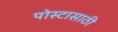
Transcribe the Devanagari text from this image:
पोस्टासाठी